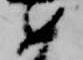
如